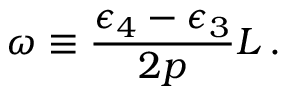
\omega \equiv \frac { \epsilon _ { 4 } - \epsilon _ { 3 } } { 2 p } L \, .